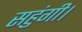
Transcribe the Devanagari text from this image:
सहुंगी।